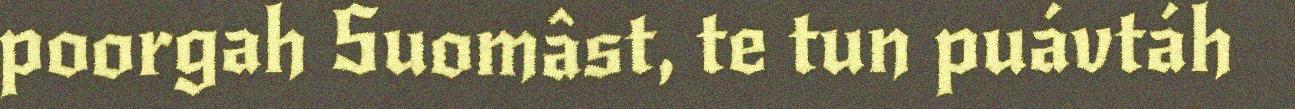
poorgah Suomâst, te tun puávtáh